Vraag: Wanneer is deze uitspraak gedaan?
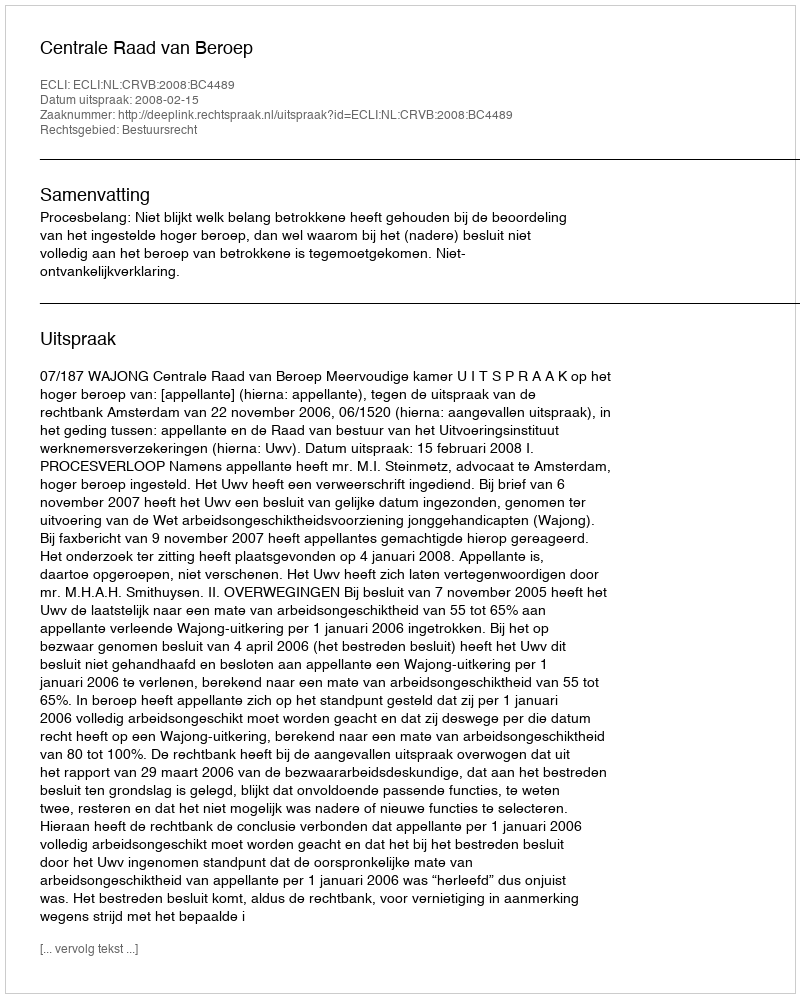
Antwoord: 2008-02-15